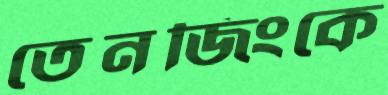
তেনজিংকে